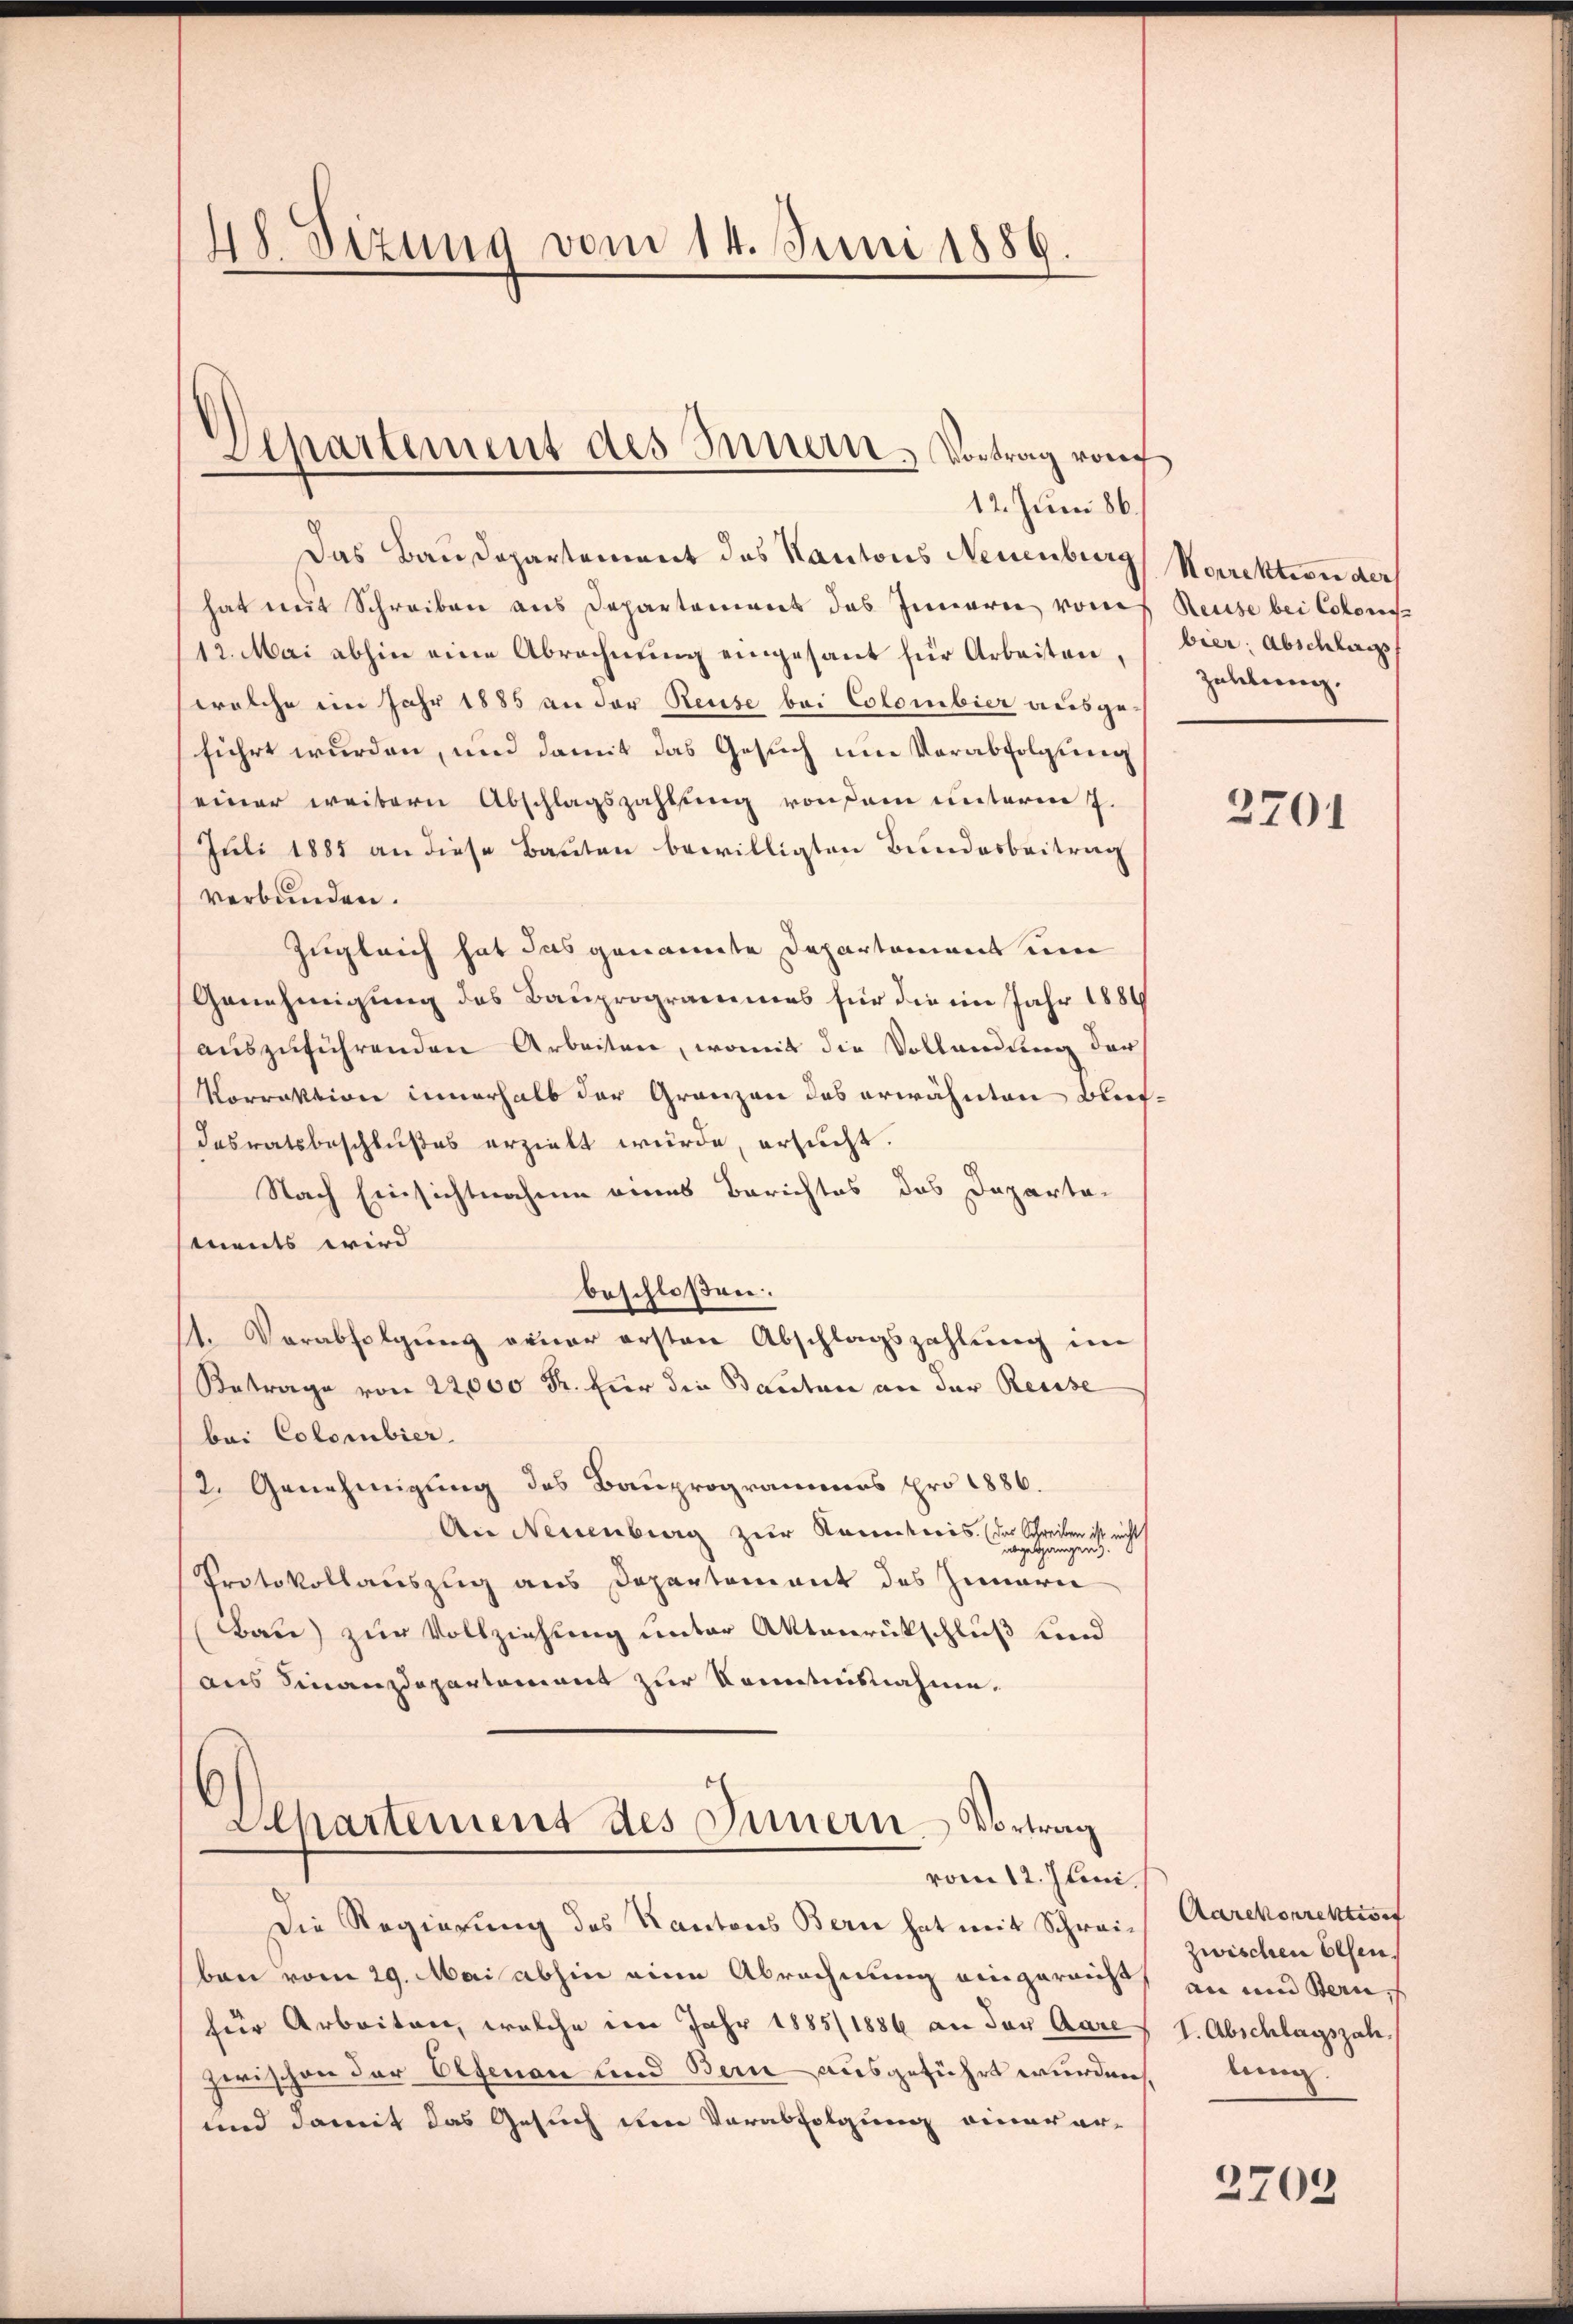
48. Sizung vom 14. Juni 1889

Departement des Innern, Vortrag von
12. Juni 186.

Das Baudepartement des Kantons Neuenburg, Korrektion der
hat mit Schreiben aus Departement des Innern vom
12. Mai abhin eine Abrechnŭng eingesant für Arbeiten,
welche im Jahr 1885 an der Reise bei Colombier ausgeführt wurden, und damit das Gesuch um Verabfolgung
einer weitern Abschlagszahlung von sein unterm 7.
Juli 1885 an diese Bauten bewilligten Bundesbeitrag
verbunden.
Zugleich hat das genannte Departement um
Genehmigung des Bauprogrammes für die im Jahr 1889
auszuführenden Arbeiten, womit die Vollandung der
Vorrektion innerhalb der Gränzen das erwähnten Blefdesratsbeschlußes erzielt wurde, ersucht.
Nach Einsichtnahme eines Berichtes das Departa-
ments wird
beschloßen:
11. Verabfolgung neuer ersten Abschlagszahlung im
Betrage von 22,000 Fr. für die Bauten an der Reusse
bei Colombier
2. Genehmigung des Bauprogrammes pro 1886.
An Neuenburg zur Kenntnis das Schreiben ist nicht
Protokollauszug aus Departement des Innern
Bau) zur Vollziehung unter Aktenrückschluß und
aus Finanzdepartement zur Sonntnisnahme.
Departement des Innern Vortrag
vom 12. Juni.
Die Regierung des Kantons Bern hat mit Schreiban vom 29. Mai abhin eine Abrechnung eingereicht
zur Arbeiten, welche im Jahr 1885/1886 an der Aare
zwischen der Elfenau und Bern ausgeführt wurden.
und damit das Gesuch den Verabfolgung einer er-

Reuse bei Colons-
bier Abschlag
Zahlung.

2701

Aarekorrektion
zwischen Elsen
an und Bern,
I. Abschlagszah
lung.

2703